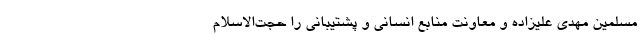
مسلمین مهدی علیزاده و معاونت منابع انسانی و پشتیبانی را حجت‌الاسلام